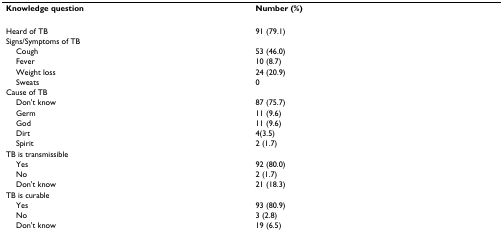
<table><thead><tr><td><b>Knowledge question</b></td><td><b>Number (%)</b></td></tr></thead><tbody><tr><td>Heard of TB</td><td>91 (79.1)</td></tr><tr><td>Signs/Symptoms of TB</td><td></td></tr><tr><td> Cough</td><td>53 (46.0)</td></tr><tr><td> Fever</td><td>10 (8.7)</td></tr><tr><td> Weight loss</td><td>24 (20.9)</td></tr><tr><td> Sweats</td><td>0</td></tr><tr><td>Cause of TB</td><td></td></tr><tr><td> Don&#x27;t know</td><td>87 (75.7)</td></tr><tr><td> Germ</td><td>11 (9.6)</td></tr><tr><td> God</td><td>11 (9.6)</td></tr><tr><td> Dirt</td><td>4(3.5)</td></tr><tr><td> Spirit</td><td>2 (1.7)</td></tr><tr><td>TB is transmissible</td><td></td></tr><tr><td> Yes</td><td>92 (80.0)</td></tr><tr><td> No</td><td>2 (1.7)</td></tr><tr><td> Don&#x27;t know</td><td>21 (18.3)</td></tr><tr><td>TB is curable</td><td></td></tr><tr><td> Yes</td><td>93 (80.9)</td></tr><tr><td> No</td><td>3 (2.8)</td></tr><tr><td> Don&#x27;t know</td><td>19 (6.5)</td></tr></tbody></table>